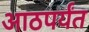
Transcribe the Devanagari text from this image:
आठपर्यंत